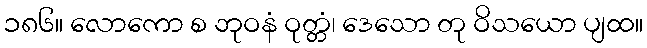
၁၈၆။ လောကော စ ဘုဝနံ ဝုတ္တံ၊ ဒေသော တု ဝိသယော ပျထ။